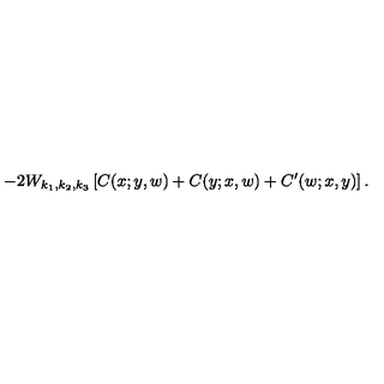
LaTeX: - 2 W _ { k _ { 1 } , k _ { 2 } , k _ { 3 } } \left[ C ( x ; y , w ) + C ( y ; x , w ) + C ^ { \prime } ( w ; x , y ) \right] .